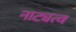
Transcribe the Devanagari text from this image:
नाट्यत्व